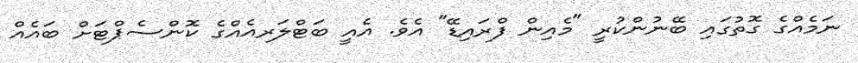
ނަމެއްގެ ގޮތުގައި ބޭނުންކުރީ "މެއިން ފްރައިޑޭ" އެވެ. އެއީ ބަޓްލަރއެއްގެ ކޮންސެޕްޓަށް ބައެއް